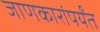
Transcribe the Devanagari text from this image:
जाणकारांपर्यंत